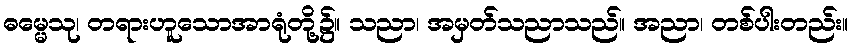
ဓမ္မေသု၊ တရားဟူသောအာရုံတို့၌။ သညာ၊ အမှတ်သညာသည်။ အညာ၊ တစ်ပါးတည်း။